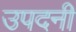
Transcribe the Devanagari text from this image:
उपदनी